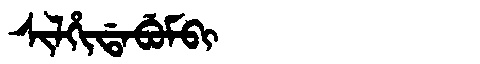
Manchu: ᠰᡳᠯᡥᡳᡩᠠᠪᡠᠮᠪᡳ
Romanization: SILHIDABUMBI